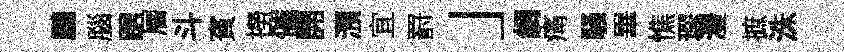
鵬腦踞層斗賓撈催開澦宜罸」綢痛騷畢憔琛灃摭洙